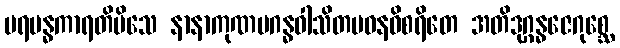
ပရမန္ဓကာရတိမိသေ နာနာကုဏပဂန္ဓဝါသိတပဝနဝိစရိတေ အတိဒုဂ္ဂန္ဓဇေဂုစ္ဆေ